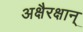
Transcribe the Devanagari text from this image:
अक्षैरक्षान्